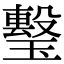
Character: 𤩯